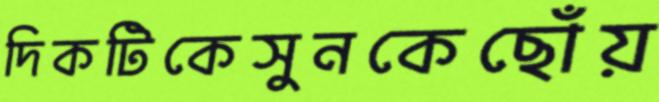
দিকটিকেসুনকেছোঁয়